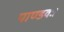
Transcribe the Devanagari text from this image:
पाण्डवः।